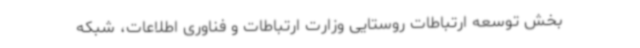
بخش توسعه ارتباطات روستایی وزارت ارتباطات و فناوری اطلاعات، شبکه